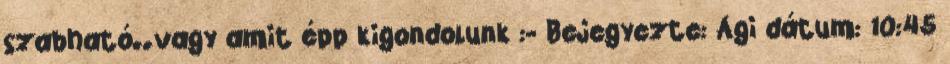
szabható..vagy amit épp kigondolunk :- Bejegyezte: Ági dátum: 10:45